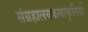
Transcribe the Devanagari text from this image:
संग्रहालयकलाकृतियों